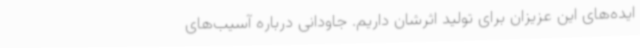
ایده‌های این عزیزان برای تولید اثرشان داریم. جاودانی درباره آسیب‌های